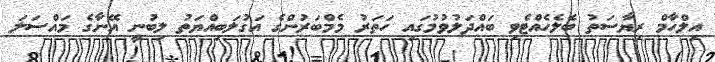
އިލްހާމް ރިޔާސަތު ބެލެހެއްޓެވި ބައްދަލުވުމުގައި ހަތަރު މެމްބަރުންގެ އަގުލަބިއްޔަތު ލިބުނީ އޭނާގެ މައްސަލަ